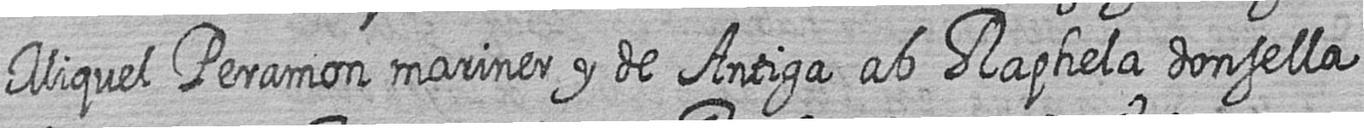
Miquel Peramon mariner y de Antiga ab Raphela donsella